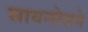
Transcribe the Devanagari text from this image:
सायन्सेसने